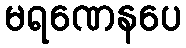
မရဏေနပေ